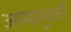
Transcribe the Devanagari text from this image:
अग्यानुवर्ती